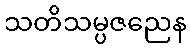
သတိသမ္ပဇညေန